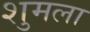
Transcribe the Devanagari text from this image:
शुमला